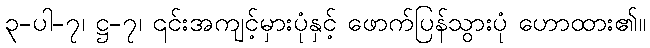
၃-ပါ-၇၊ ဋ္ဌ-၇၊ ၎င်းအကျင့်မှားပုံနှင့် ဖောက်ပြန်သွားပုံ ဟောထား၏။